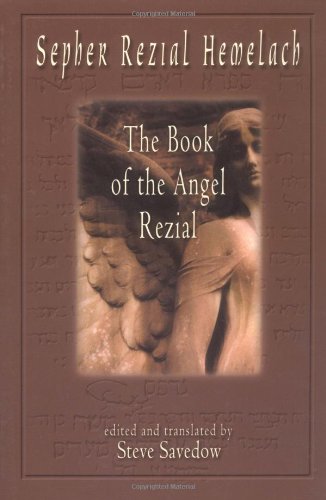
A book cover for Sepher Rezial Hemelach: The Book of the Angel Rezial; Religion & Spirituality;